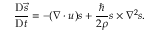
\frac { \mathrm { D } \vec { s } } { \mathrm { D } t } = - ( \boldsymbol { \nabla } \cdot \boldsymbol { u } ) \boldsymbol { s } + \frac { \hbar } { 2 \rho } \boldsymbol { s } \times \nabla ^ { 2 } \boldsymbol { s } .